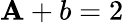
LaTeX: \mathbf{A}+b=2